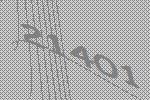
21401